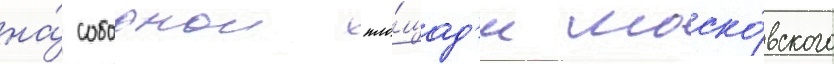
на́ соборнои пло́щад'и моско́вского